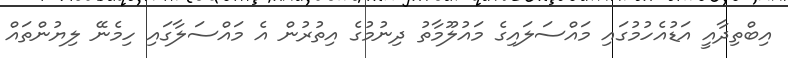
އިބްތިދާއީ އަޑުއެހުމުގައި މައްސަލައިގެ މައުލޫމާތު ދިނުމުގެ އިތުރުން އެ މައްސަލާގައި ހިމެނޭ ލިޔުންތައް